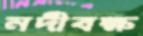
নদীবক্ষ